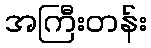
အကြီးတန်း